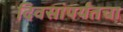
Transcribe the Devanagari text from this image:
दिवसांपर्यंतचा